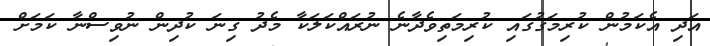
އަދި އެކަމުން ކުރިމަގުގައި ކުރިމަތިވެދާނެ ނުރައްކަލަކާ މެދު ގިނަ ކުދިން ނުވިސްނާ ކަމަށް